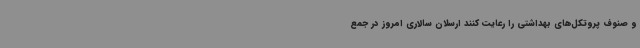
و صنوف پروتکل‌های بهداشتی را رعایت کنند ارسلان سالاری امروز در جمع